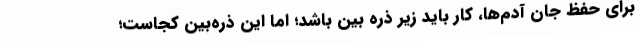
برای حفظ جان آدم‌ها، کار باید زیر ذره بین باشد؛ اما این ذره‌بین کجاست؛